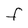
Character: F